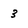
Character: 3